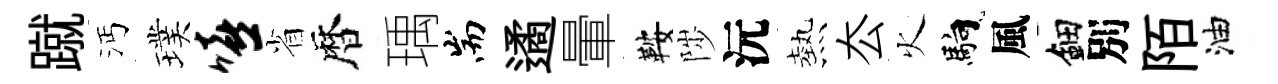
蹴沔璞嘻省暦瑀耑遹暈鞍陟沅熱厺火馿風鈿別陌油